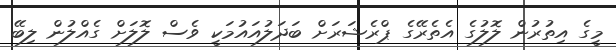
މީގެ އިތުރުން ލޮލުގެ އެތެރޭގެ ޕްރެޝަރަށް ބަދަލުއައުމަކީ ވެސް ލޮލަށް ގެއްލުން ލިބޭ